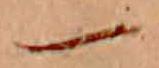
一